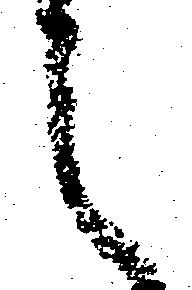
之